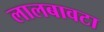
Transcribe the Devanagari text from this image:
लालबावटा